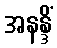
အနန္ဒိံ